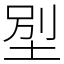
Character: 𡋾